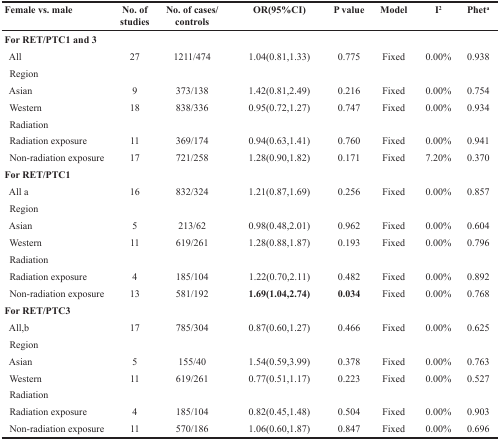
<table><thead><tr><td><b>Female vs. male</b></td><td><b>No. of studies</b></td><td><b>No. of cases/controls</b></td><td><b>OR(95%CI)</b></td><td><b>P value</b></td><td><b>Model</b></td><td><b>I2</b></td><td><b>Phet<sup>a</sup></b></td></tr></thead><tbody><tr><td><b>For RET/PTC1 and 3</b></td><td></td><td></td><td></td><td></td><td></td><td></td><td></td></tr><tr><td>All</td><td>27</td><td>1211/474</td><td>1.04(0.81,1.33)</td><td>0.775</td><td>Fixed</td><td>0.00%</td><td>0.938</td></tr><tr><td>Region</td><td></td><td></td><td></td><td></td><td></td><td></td><td></td></tr><tr><td>Asian</td><td>9</td><td>373/138</td><td>1.42(0.81,2.49)</td><td>0.216</td><td>Fixed</td><td>0.00%</td><td>0.754</td></tr><tr><td>Western</td><td>18</td><td>838/336</td><td>0.95(0.72,1.27)</td><td>0.747</td><td>Fixed</td><td>0.00%</td><td>0.934</td></tr><tr><td>Radiation</td><td></td><td></td><td></td><td></td><td></td><td></td><td></td></tr><tr><td>Radiation exposure</td><td>11</td><td>369/174</td><td>0.94(0.63,1.41)</td><td>0.760</td><td>Fixed</td><td>0.00%</td><td>0.941</td></tr><tr><td>Non-radiation exposure</td><td>17</td><td>721/258</td><td>1.28(0.90,1.82)</td><td>0.171</td><td>Fixed</td><td>7.20%</td><td>0.370</td></tr><tr><td><b>For RET/PTC1</b></td><td></td><td></td><td></td><td></td><td></td><td></td><td></td></tr><tr><td>All a</td><td>16</td><td>832/324</td><td>1.21(0.87,1.69)</td><td>0.256</td><td>Fixed</td><td>0.00%</td><td>0.857</td></tr><tr><td>Region</td><td></td><td></td><td></td><td></td><td></td><td></td><td></td></tr><tr><td>Asian</td><td>5</td><td>213/62</td><td>0.98(0.48,2.01)</td><td>0.962</td><td>Fixed</td><td>0.00%</td><td>0.604</td></tr><tr><td>Western</td><td>11</td><td>619/261</td><td>1.28(0.88,1.87)</td><td>0.193</td><td>Fixed</td><td>0.00%</td><td>0.796</td></tr><tr><td>Radiation</td><td></td><td></td><td></td><td></td><td></td><td></td><td></td></tr><tr><td>Radiation exposure</td><td>4</td><td>185/104</td><td>1.22(0.70,2.11)</td><td>0.482</td><td>Fixed</td><td>0.00%</td><td>0.892</td></tr><tr><td>Non-radiation exposure</td><td>13</td><td>581/192</td><td><b>1.69(1.04,2.74)</b></td><td><b>0.034</b></td><td>Fixed</td><td>0.00%</td><td>0.768</td></tr><tr><td><b>For RET/PTC3</b></td><td></td><td></td><td></td><td></td><td></td><td></td><td></td></tr><tr><td>All,b</td><td>17</td><td>785/304</td><td>0.87(0.60,1.27)</td><td>0.466</td><td>Fixed</td><td>0.00%</td><td>0.625</td></tr><tr><td>Region</td><td></td><td></td><td></td><td></td><td></td><td></td><td></td></tr><tr><td>Asian</td><td>5</td><td>155/40</td><td>1.54(0.59,3.99)</td><td>0.378</td><td>Fixed</td><td>0.00%</td><td>0.763</td></tr><tr><td>Western</td><td>11</td><td>619/261</td><td>0.77(0.51,1.17)</td><td>0.223</td><td>Fixed</td><td>0.00%</td><td>0.527</td></tr><tr><td>Radiation</td><td></td><td></td><td></td><td></td><td></td><td></td><td></td></tr><tr><td>Radiation exposure</td><td>4</td><td>185/104</td><td>0.82(0.45,1.48)</td><td>0.504</td><td>Fixed</td><td>0.00%</td><td>0.903</td></tr><tr><td>Non-radiation exposure</td><td>11</td><td>570/186</td><td>1.06(0.60,1.87)</td><td>0.847</td><td>Fixed</td><td>0.00%</td><td>0.696</td></tr></tbody></table>